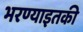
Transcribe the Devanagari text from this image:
भरण्याइतकी